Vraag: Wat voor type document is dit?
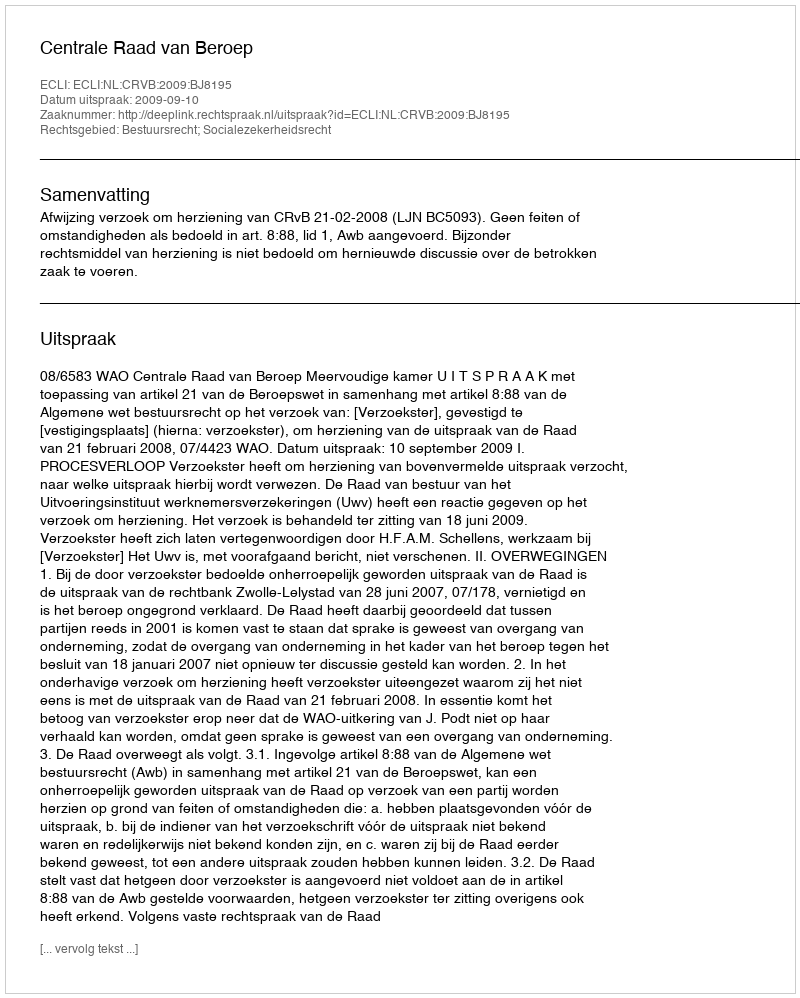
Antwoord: Uitspraak